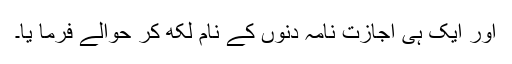
اور ایک ہی اجازت نامہ دنوں کے نام لکھ کر حوالے فرما یا۔